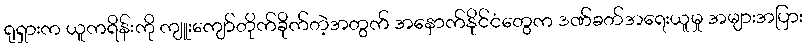
ရုရှားက ယူကရိန်းကို ကျူးကျော်တိုက်ခိုက်တဲ့အတွက် အနောက်နိုင်ငံတွေက ဒဏ်ခတ်အရေးယူမှု အများအပြား